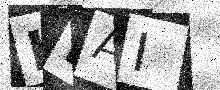
Text: LDAI